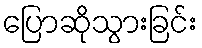
ပြောဆိုသွားခြင်း